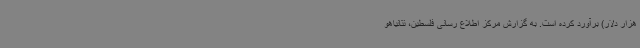
هزار دلار) برآورد کرده است. به گزارش مرکز اطلاع رسانی فلسطین، نتانیاهو